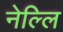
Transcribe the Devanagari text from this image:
नेल्लि